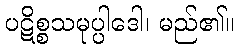
ပဋိစ္စသမုပ္ပါဒေါ၊ မည်၏။